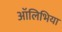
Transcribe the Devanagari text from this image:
ऑलिभिया